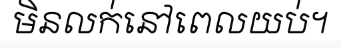
មិនលក់នៅពេលយប់។